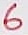
Text: 6